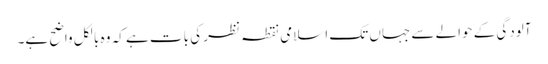
آلودگی کے حوالے سے جہاں تک اسلامی نقطہ نظر کی بات ہے کہ وہ بالکل واضح ہے۔